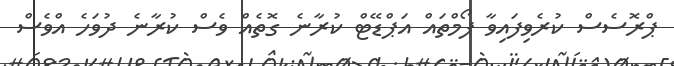
ޕްރޮސެސް ކުރެވިފައިވާ ފޯމްތައް އަޕްޑޭޓް ކުރާނެ ގޮތެއް ވެސް ކުރާނެ ދުވަހެ އްވެސް